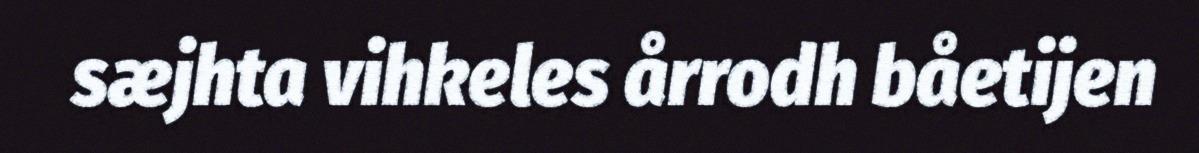
sæjhta vihkeles årrodh båetijen